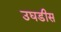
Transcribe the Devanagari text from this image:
उघडीस